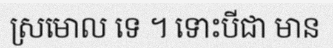
ស្រមោល ទេ ។ ទោះបីជា មាន